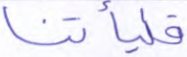
فليأتنا